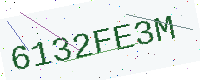
Text: 6132FE3M